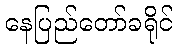
နေပြည်တော်ခရိုင်